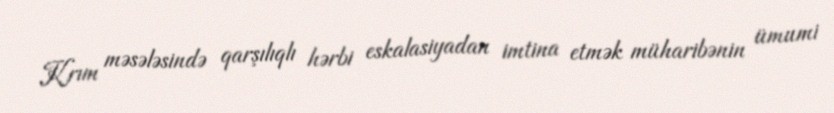
Krım məsələsində qarşılıqlı hərbi eskalasiyadan imtina etmək müharibənin ümumi